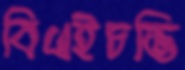
বিএইচভি